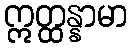
ဣတ္ထန္နာမာ